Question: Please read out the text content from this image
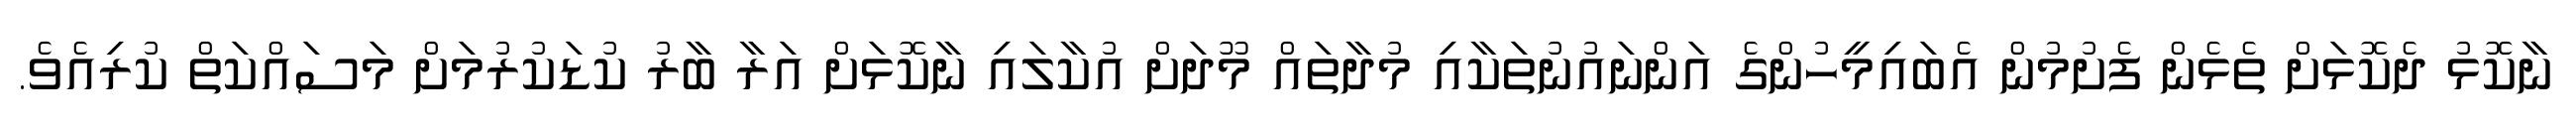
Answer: ނާކޮޅު ދެކޮޅަށް ތެޅެން ފެށުމުން އެބައިމީހުންގެ އަންނައުނުތަކާއި މުދާތައް މޫދަށް އުކާލައި ނާކޮޅަށް އަރާ ބާރު ކުޑަކުރުމަށް މަސައްކަތް ކުރިއެވެ.